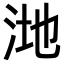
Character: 𪵸